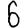
Digit: 6